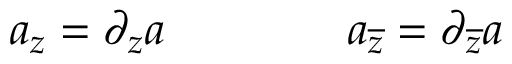
a _ { z } = \partial _ { z } a \qquad \qquad a _ { \overline { { { z } } } } = \partial _ { \overline { { { z } } } } a